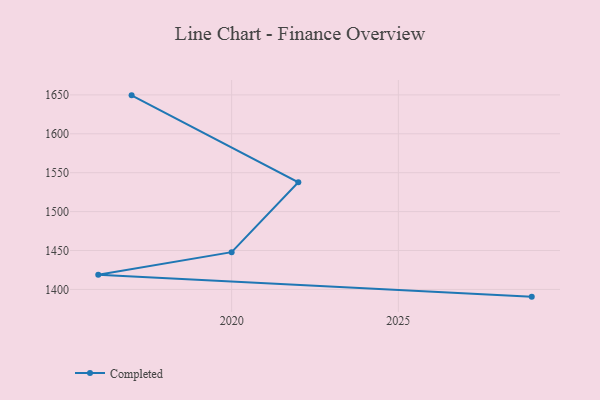
{"axis": {"x": "Year", "y": "Operating Costs (USD K)"}, "legend": ["Completed"], "data": [{"x": "2029", "y": 1390.7, "type": "Completed"}, {"x": "2016", "y": 1418.7, "type": "Completed"}, {"x": "2020", "y": 1447.9, "type": "Completed"}, {"x": "2022", "y": 1537.7, "type": "Completed"}, {"x": "2017", "y": 1649.4, "type": "Completed"}]}